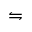
\leftrightharpoons